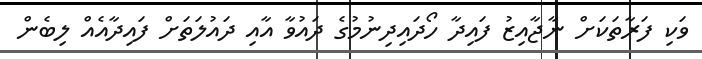
ވަކި ފަރާތަކަށް ނާޖާއިޒު ފައިދާ ހޯދައިދިނުމުގެ ދައުވާ އާއި ދައުލަތަށް ފައިދާއެއް ލިބެން